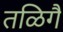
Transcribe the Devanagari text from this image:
तळिगै